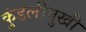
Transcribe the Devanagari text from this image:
कुंडलीमुखी